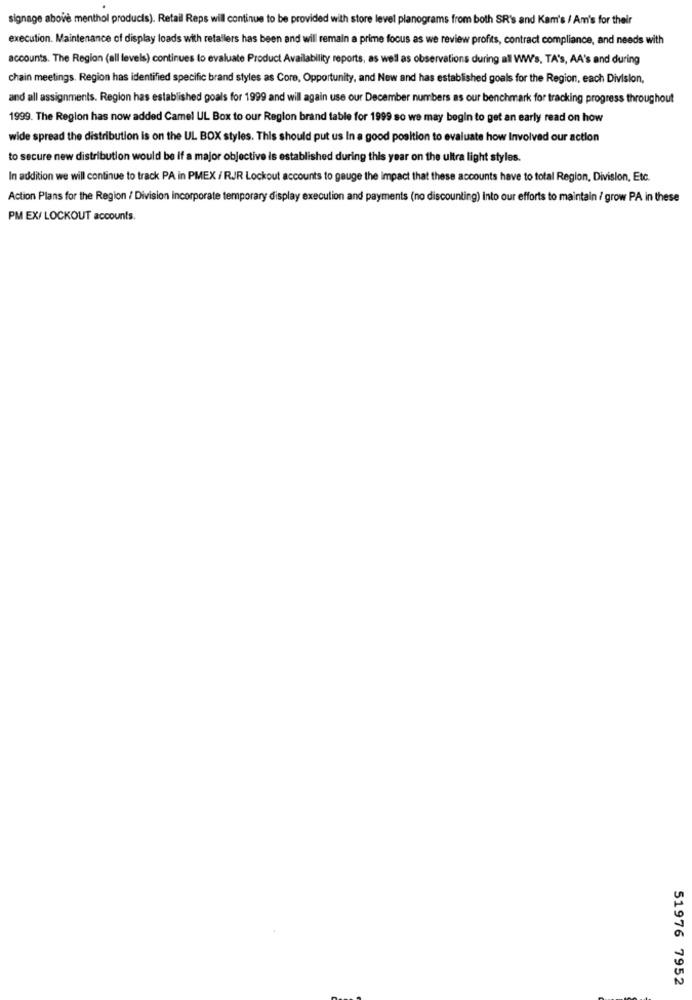
signage above menthol products). Retail Reps will continue to be provided with store level planograms from both SR's and Kam's / Am's for their
execution. Maintenance of display loads with retailers has been and will remain a prime focus as we review profits, contract compliance, and needs with
accounts. The Region (all levels) continues to evaluate Product Availability reports, as well as observations during all WW's, TA's, AA's and during
chain meetings. Region has identified specific brand styles as Core, Opportunity, and New and has established goals for the Region, each Division,
and all assignments. Region has established goals for 1999 and will again use our December numbers as our benchmark for tracking progress throughout
1999. The Region has now added Camel UL Box to our Region brand table for 1999 so we may begin to get an early read on how
wide spread the distribution is on the UL BOX styles. This should put us In a good position to evaluate how Involved our action
to secure new distribution would be if a major objective is established during this year on the ultra light styles.
In addition we will continue to track PA in PMEX / RJR Lockout accounts to gauge the Impact that these accounts have to total Region, Division, Etc.
Action Plans for the Region / Division Incorporate temporary display execution and payments (no discounting) Into our efforts to maintain / grow PA in these
PM EX/ LOCKOUT accounts.
51976 7952